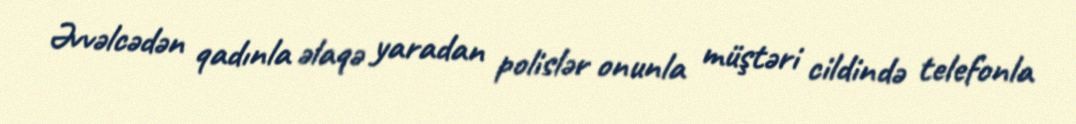
Əvvəlcədən qadınla əlaqə yaradan polislər onunla müştəri cildində telefonla